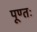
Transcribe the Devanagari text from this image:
पूण्तः